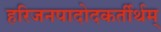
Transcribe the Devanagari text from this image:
हरिजनपादोदकर्तीर्थम्‌